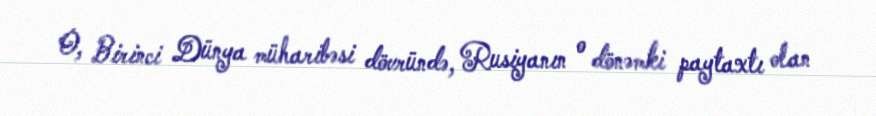
O, Birinci Dünya müharibəsi dövründə, Rusiyanın o dönəmki paytaxtı olan